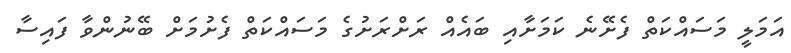
އަމަލީ މަސައްކަތް ފެށޭނެ ކަމަށާއި ބައެއް ރަށްރަށުގެ މަސައްކަތް ފެށުމަށް ބޭނުންވާ ފައިސާ